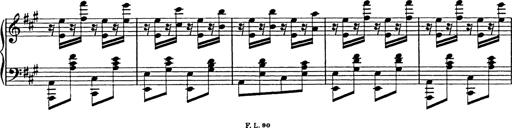
Title: Galop in A minor
Composer: Franz Liszt
Key: A minor